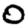
Digit: 0